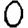
Digit: 0